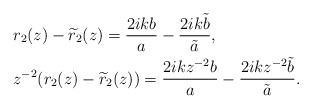
\begin{align*}&r_2(z)-\widetilde{r}_2(z)=\frac{2 i kb}{a}-\frac{2 i k\tilde{b}}{\tilde{a}},\\&z^{-2}(r_2(z)-\widetilde{r}_2(z))=\frac{2 i kz^{-2}b}{a}-\frac{2 i kz^{-2}\tilde{b}}{\tilde{a}}.\end{align*}